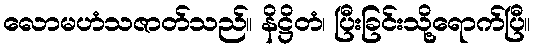
လောမဟံသဇာတ်သည်။ နိဋ္ဌိတံ၊ ပြီးခြင်းသို့ရောက်ပြီ။